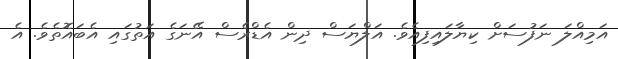
އަމިއްލަ ނަފުސަށް ކިޔާލައިފިއެވެ. އަލްޔަސް ދިން އެޑްރެސް އޭނަގެ އަތުގައި އެބައޮތެވެ. އެ